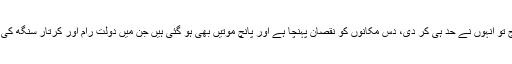
جان بچانے تو اور کہاں، آج تو انہوں نے حد ہی کر دی، دس مکانوں کو نقصان پہنچا ہے اور پانچ موتیں بھی ہو گئی ہیں جن میں دولت رام اور کرتار سنگھ کی بیوی ستبیر بھی شامل ہے۔